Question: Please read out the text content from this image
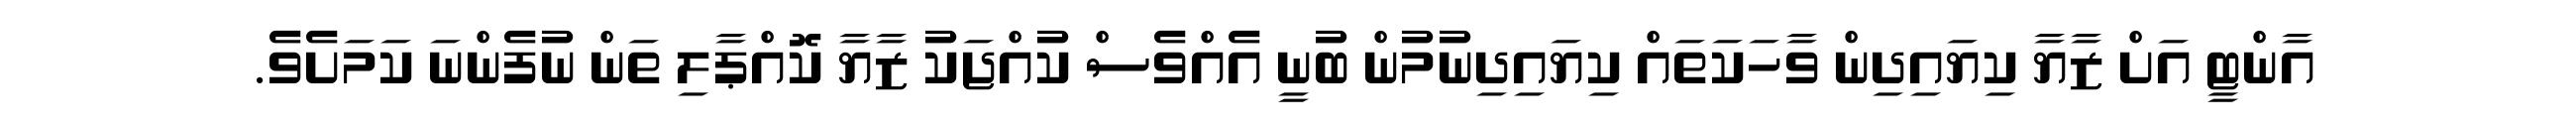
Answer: އާންޓީ އަށް ޒާޔާ ކިޔައިދިން ވާހަކަތައް ކިޔައިދިނުމުން ބުނީ އެއްވެސް ކުއްޖަކު ޒާޔާ ކޮއްޕާލި ތަން ނުފެންނަ ކަމަށެވެ.